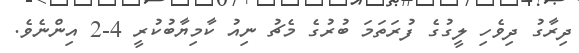
ދިރާގު ދިވެހި ލީގުގެ ފުރަތަމަ ބުރުގެ މެޗު ނިއު ކާމިޔާބުކުރީ 4-2 އިންނެވެ.